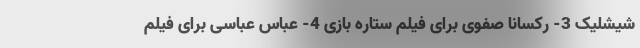
شیشلیک 3- رکسانا صفوی برای فیلم ستاره بازی 4- عباس عباسی برای فیلم